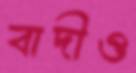
বাদীও